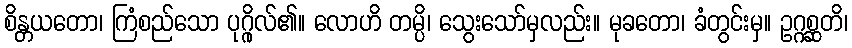
စိန္တယတော၊ ကြံစည်သော ပုဂ္ဂိုလ်၏။ လောဟိ တမ္ပိ၊ သွေးသော်မှလည်း။ မုခတော၊ ခံတွင်းမှ။ ဥဂ္ဂစ္ဆတိ၊